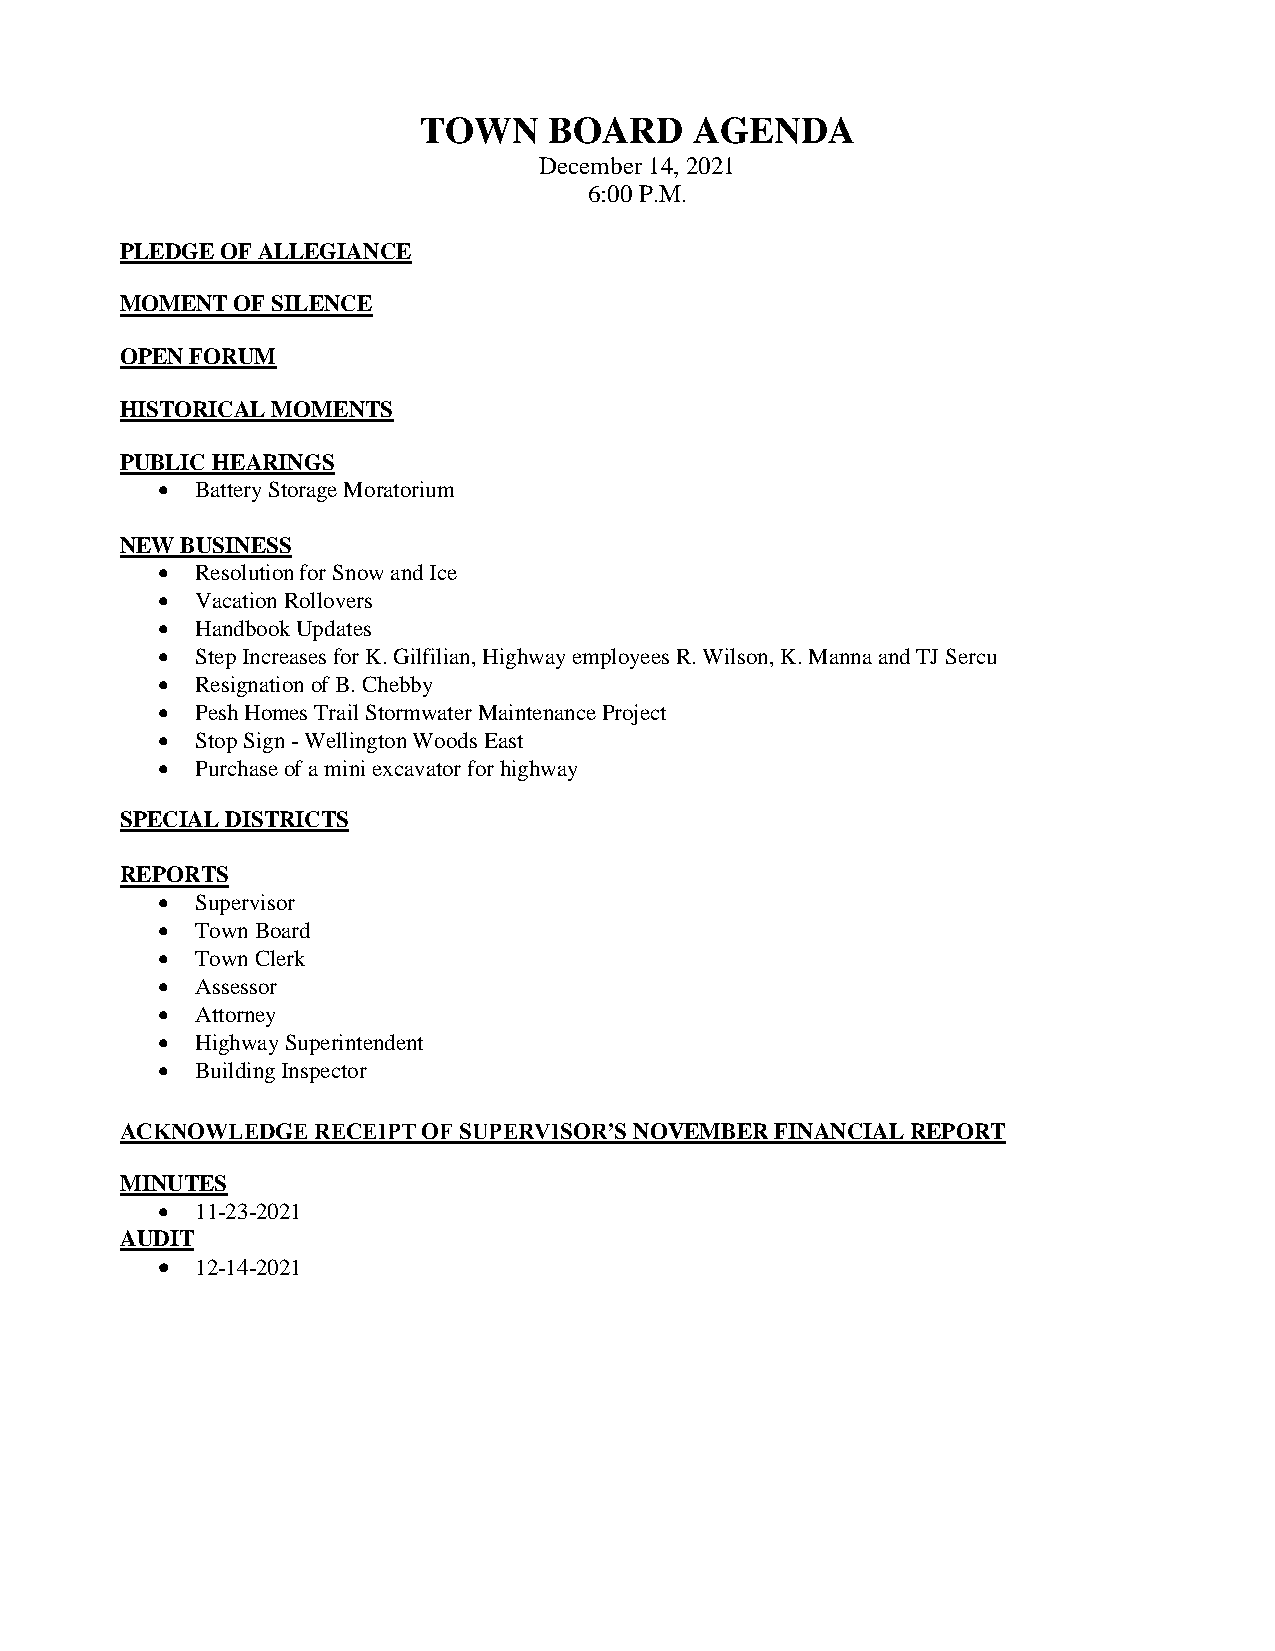
TOWN    BOARD     AGENDA
 December 14, 2021
 6:00 P.M.
 PLEDGE OF ALLEGIANCE
 MOMENT OF SILENCE
 OPEN FORUM
 HISTORICAL MOMENTS
 PUBLIC HEARINGS
   Battery Storage Moratorium
 NEW BUSINESS
   Resolution for Snow and Ice
   Vacation Rollovers
   Handbook Updates
   Step Increases for K. Gilfilian, Highway employees R. Wilson, K. Manna and TJ Sercu
   Resignation of B. Chebby
   Pesh Homes Trail Stormwater Maintenance Project
   Stop Sign - Wellington Woods East
   Purchase of a mini excavator for highway
 SPECIAL DISTRICTS
 REPORTS
   Supervisor
   Town Board
   Town Clerk
   Assessor
   Attorney
   Highway Superintendent
   Building Inspector
 ACKNOWLEDGE  RECEIPT OF SUPERVISOR’S NOVEMBER FINANCIAL REPORT
 MINUTES
   11-23-2021
 AUDIT
   12-14-2021